Senior Leaving Certificate Examination (including Day School Certificate (Higher) General paper), 1947
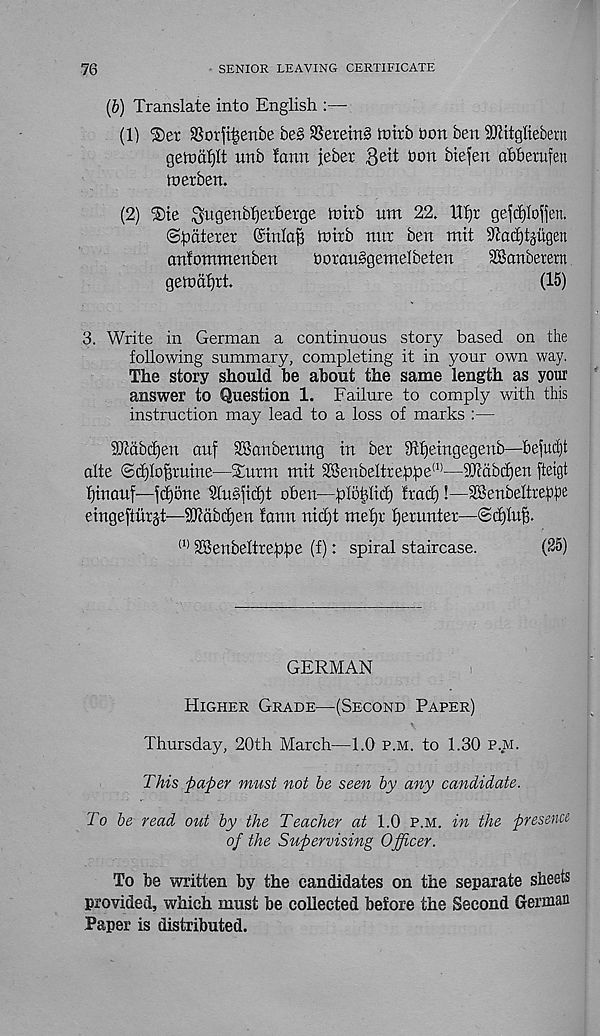
76
SENIOR LEAVING CERTIFICATE
(b) Translate into English :—■
(1) iSer SSorfi^enbe be§ S3etetn§ totrb bon ben SJhtgliebern
gehmfjlt unb fann jeber $e\t bon btefen abberufen
rt)er ben.
(2)
^ugenbl)etberge toirb urn 22. Htjr gefdjlo^en.
©Caterer ©tnla^ ioirb nnr ben mit Tcac^tjiigen
anfontntenben
borauSgemelbeten
SBanberern
gemaljrt.
(15)
3. Write in German a continuous story based on the
following summary, completing it in your own way.
The story should be about the same length as your
answer to Question 1. Failure to comply with this
instruction may lead to a loss of marks :—
9Tcabd)en anf SBanberung in ber 9tf)eingegenb—-befud)t
alte (Sdjlofjruine—Sturm mit 28enbeltte:ppe (1) —Skdbdjen fteigt
fjinauf—jd)one Sfusiid)t o'ben—piotdid) frad)!—SBenbelfre^e
eingefturst—SWabdjen fann nidjt mefjr fjerunter—<Sd)Iuf3.
(1) SSenbeltreppe (f): spiral staircase.
(25)
GERMAN
Higher Grade—(Second Paper)
Thursday, 20th March—1.0 p.m. to 1.30 p.m.
This paper must not be seen by any candidate.
To be read out by the Teacher at 1.0 p.m. in the presence
of the Supervising Officer.
To be written by the candidates on the separate sheets
provided, which must be collected before the Second Grerman
Paper is distributed.